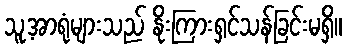
သူ့အာရုံများသည် နိုးကြားရှင်သန်ခြင်းမရှိ။